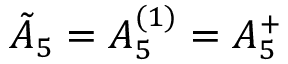
{ \tilde { A } } _ { 5 } = A _ { 5 } ^ { ( 1 ) } = A _ { 5 } ^ { + }